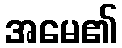
အမေ၏